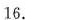
16.